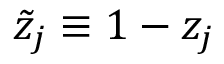
\tilde { z } _ { j } \equiv 1 - z _ { j }